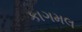
કાગમલ